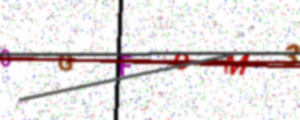
Text: 0GFOM3